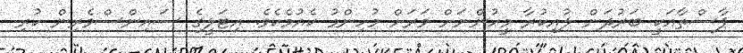
ޕާސްތާއަކީ ބަރުދަން ލުއިކުރާ މީހުންނަށް ވަރަށް މުހިންމު ކެއުމެކެވެ. އިޓަލީގެ ސައިންސްވެރިން ކުރި